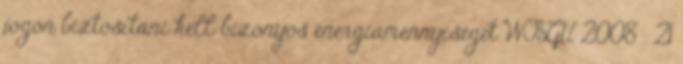
jogon biztosítani kell bizonyos energiamennyiséget WBGU 2008 . 21